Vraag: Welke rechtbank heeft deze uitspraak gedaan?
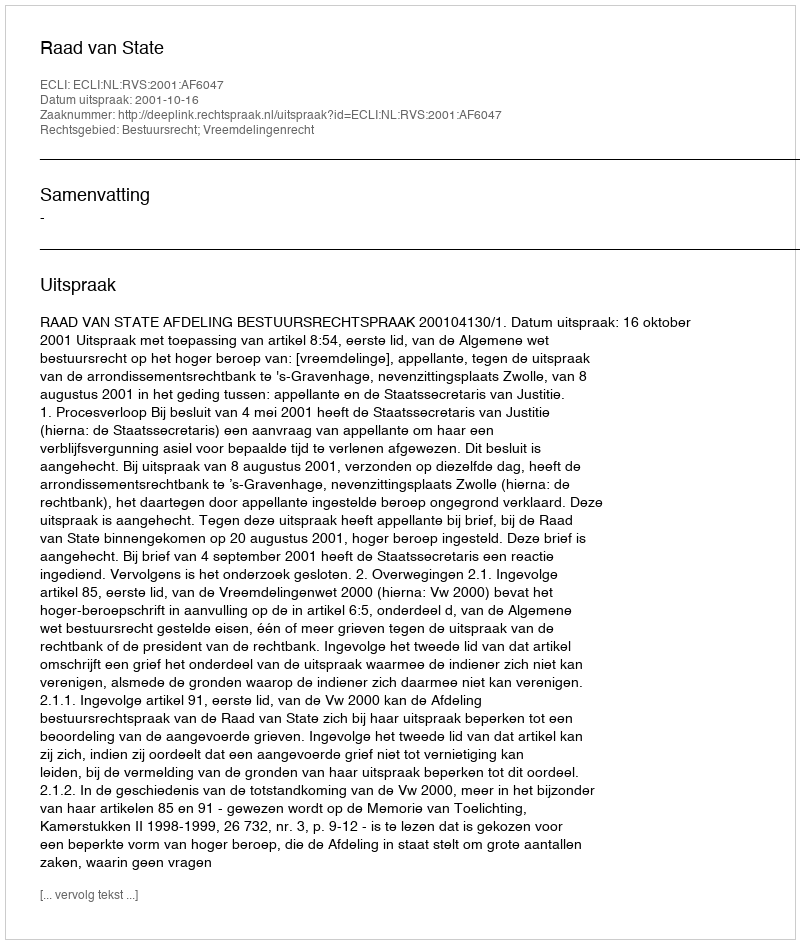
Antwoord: Raad van State